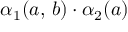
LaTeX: \alpha _ { 1 } ( a , \, b ) \cdot \alpha _ { 2 } ( a )